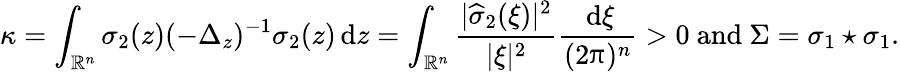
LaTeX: \kappa=\displaystyle\int_{\mathbb R^{n}}\sigma_{2}(z)(-\Delta_{z})^{-1}\sigma_{2}(z)\, {\mathrm{d}}z=\displaystyle\int_{\mathbb R^{n}}\displaystyle\frac{|\widehat\sigma_{2}(\xi)|^{2}}{|\xi|^{2}}\displaystyle\frac{\, {\mathrm{d}}\xi}{(2\uppi)^{n}}>0\mathrm{~and~}\Sigma=\sigma_{1}\star\sigma_{1}.